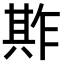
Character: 𠔫